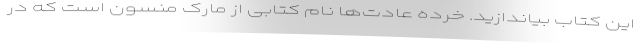
این کتاب بیاندازید. خرده عادت‌ها نام کتابی از مارک منسون است که در